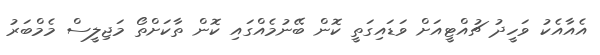
އެއާއެކު ވަހީދު ޗުއްޓީއަށް ވަޑައިގަތީ ކޮން ބޭނުމެއްގައި ކޮން ތާކަށްތޯ މަޖިލީސް މެމްބަރު